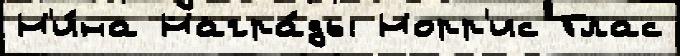
Н'и́на Награ́ды Норр'ис Глас